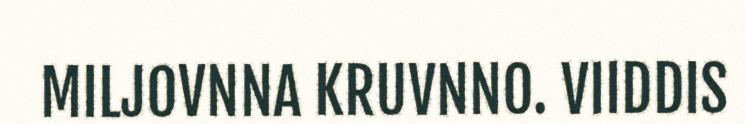
MILJOVNNA KRUVNNO. VIIDDIS